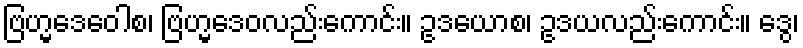
ဗြဟ္မဒေဝေါစ၊ ဗြဟ္မဒေဝလည်းကောင်း။ ဥဒယောစ၊ ဥဒယလည်းကောင်း။ ဒွေ၊